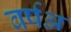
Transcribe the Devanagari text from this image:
वर्षअ